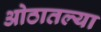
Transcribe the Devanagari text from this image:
ओठातल्या